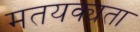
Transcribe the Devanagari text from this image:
मतयक्यता